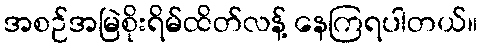
အစဉ်အမြဲစိုးရိမ်ထိတ်လန့် နေကြရပါတယ်။